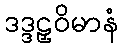
ဒဒ္ဒဠှဝိမာနံ